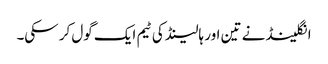
انگلینڈ نے تین اور ہالینڈ کی ٹیم ایک گول کر سکی۔